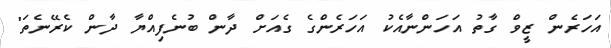
އަހަރެން ޒީވް ގާތު އަހަންނާއެކު އަހަރެންގެ ގެއަށް ދާން ބުނެފިއްޔާ ދާން ކެރޭނެތަ"